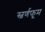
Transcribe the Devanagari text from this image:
स्वर्णफूम